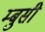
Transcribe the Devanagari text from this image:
म्बुसी